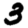
Digit: 3